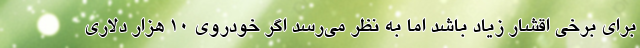
برای برخی اقشار زیاد باشد اما به نظر می‌رسد اگر خودروی ۱۰ هزار دلاری